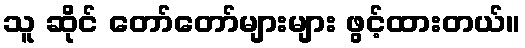
သူ ဆိုင် တော်တော်များများ ဖွင့်ထားတယ်။